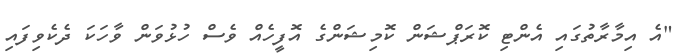
"އެ އިމާރާތުގައި އެންޓި ކޮރަޕްޝަން ކޮމިޝަންގެ އޮފީހެއް ވެސް ހުޅުވަން ވާހަކަ ދެކެވިފައި